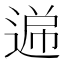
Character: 𮞧